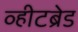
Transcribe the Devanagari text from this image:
व्हीटब्रेड